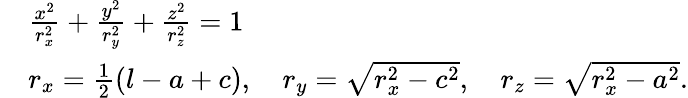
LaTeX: {\begin{array}{rl}&{{\frac{x^{2}}{r_{x}^{2}}}+{\frac{y^{2}}{r_{y}^{2}}}+{\frac{z^{2}}{r_{z}^{2}}}=1}\\ &{r_{x}={\frac{1}{2}}(l-a+c),\quad r_{y}={\sqrt{r_{x}^{2}-c^{2}}},\quad r_{z}={\sqrt{r_{x}^{2}-a^{2}}}.}\end{array}}